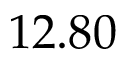
1 2 . 8 0